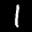
Label: 1